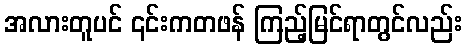
အလားတူပင် ၎င်းကတဖန် ကြည့်မြင်ရာတွင်လည်း